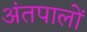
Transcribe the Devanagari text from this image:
अंतपालों